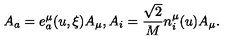
A _ { a } = e _ { a } ^ { \mu } ( u , \xi ) A _ { \mu } , A _ { i } = \frac { \sqrt { 2 } } { M } n _ { i } ^ { \mu } ( u ) A _ { \mu } .